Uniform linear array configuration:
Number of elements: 32
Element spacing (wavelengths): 0.75
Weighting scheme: uniform
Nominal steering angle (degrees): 30
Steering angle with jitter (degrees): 28.39
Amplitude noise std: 0.05
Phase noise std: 0.05

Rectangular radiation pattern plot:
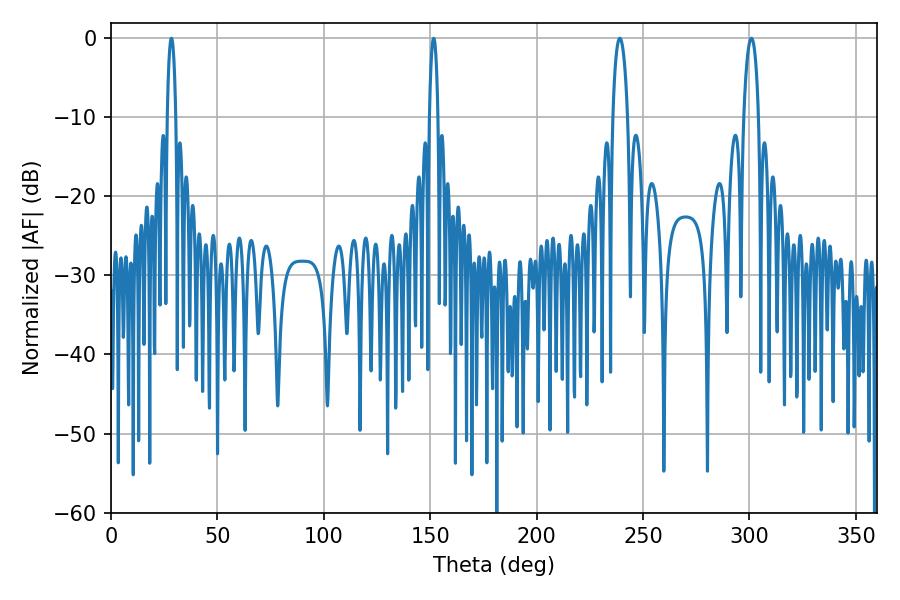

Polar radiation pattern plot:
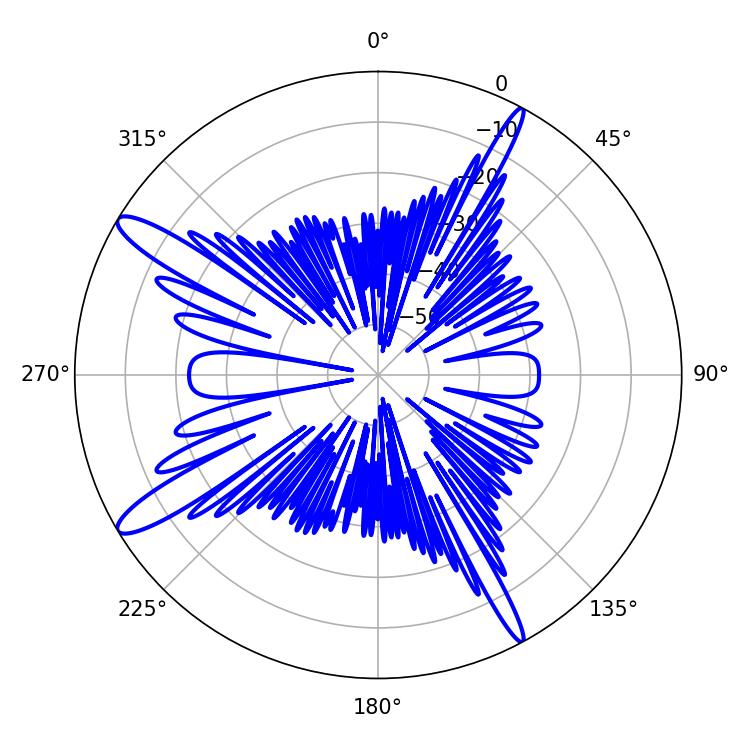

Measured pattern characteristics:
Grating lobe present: TRUE
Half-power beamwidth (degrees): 3.96
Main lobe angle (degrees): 300.96